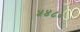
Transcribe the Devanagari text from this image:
५४८०